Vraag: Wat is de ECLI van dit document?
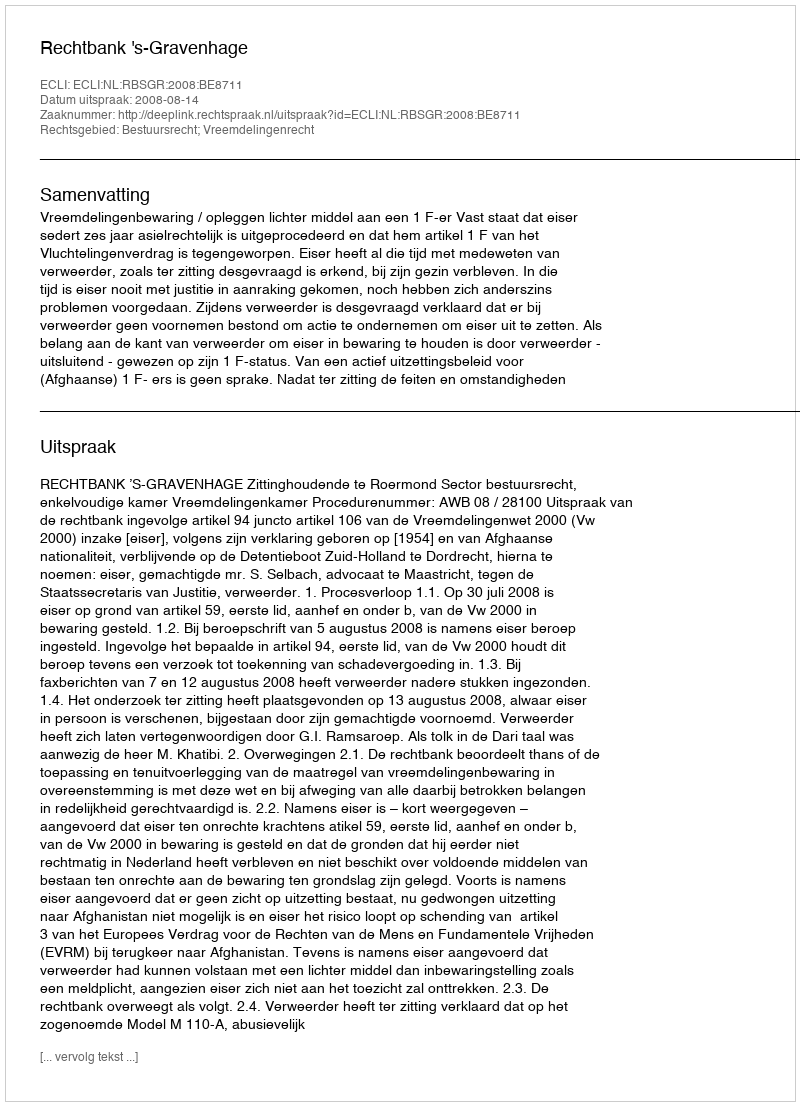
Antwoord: ECLI:NL:RBSGR:2008:BE8711